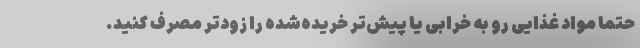
حتما مواد غذایی رو به خرابی یا پیش‌تر خریده‌شده را زودتر مصرف کنید.